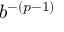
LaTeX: b ^ { - ( p - 1 ) }